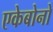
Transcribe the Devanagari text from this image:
एकेबोनो